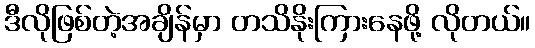
ဒီလိုဖြစ်တဲ့အချိန်မှာ တသိနိုးကြားနေဖို့ လိုတယ်။